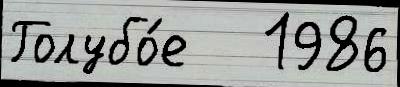
Голубо́е   1986